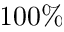
1 0 0 \%